King Institute of Preventive Medicine Micro-Biological Section reports 1912-19
Year: 1912
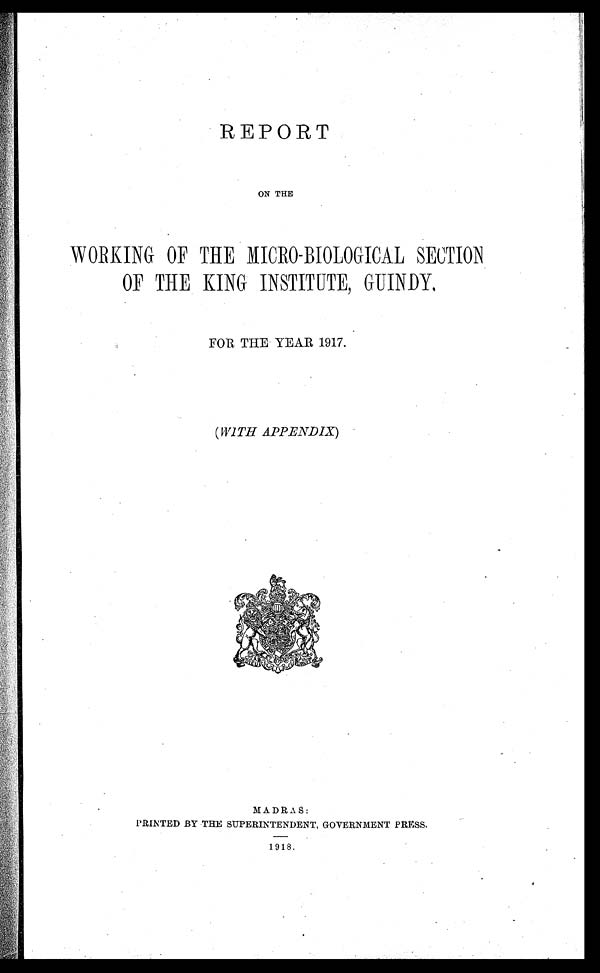
REPORT
ON THE
WORKING OF THE MICRO-BIOLOGICAL SE
CTION OF THE KING INSTITUTE, GUINDY,
FOR THE YEAR 1917.
(WITH APPENDIX)
MADRAS:
PRINTED BY THE SUPERINTENDENT, GOVERNMENT PRESS.
1918.